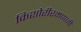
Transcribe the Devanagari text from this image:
किशोरीरमणजी